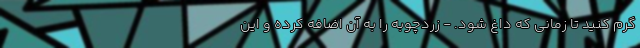
گرم کنید تا زمانی که داغ شود. - زردچوبه را به آن اضافه کرده و این